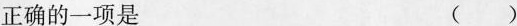
正确的一项是 ()